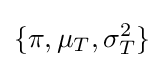
\{\pi ,\mu _{T},\sigma _{T}^{2}\}